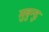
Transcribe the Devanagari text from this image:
मुबुन्दु